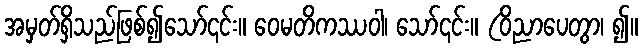
အမှတ်ရှိသည်ဖြစ်၍သော်၎င်း။ ဝေမတိကဿဝါ၊ သော်၎င်း။ (ဝိညာပေတွာ၊ ၍။